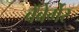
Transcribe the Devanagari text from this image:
वेंबेर्गेर